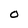
Character: O